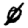
Digit: 0